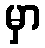
မှာ